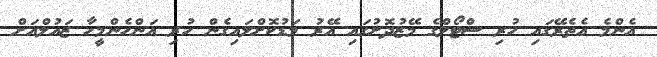
އެންމެ އެތެރޭގައި ހުރި ސްޓޯލްގެ މޭޒުދޮށުގައި އޭރު މަޑުކޮށްލައިގެން ހުރި އަންހެންމީހާ ޒައުލްއަށް